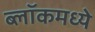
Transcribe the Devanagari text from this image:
ब्लॉकमध्‍ये